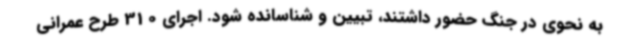
به نحوی در جنگ حضور داشتند، تبیین و شناسانده شود. اجرای 310 طرح عمرانی